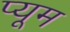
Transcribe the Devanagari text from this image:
प्यूम